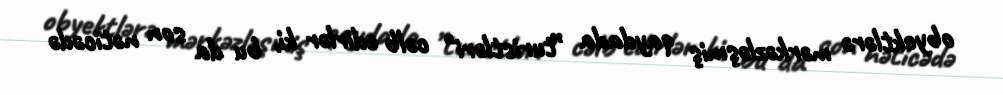
obyektlərə mərkəzləşmiş qaydada ”turistləri" cəlb edirlər ki, bu da son nəticədə